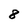
Character: 8